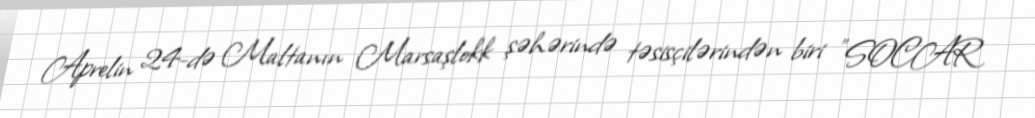
Aprelin 24-də Maltanın Marsaşlokk şəhərində təsisçilərindən biri "SOCAR